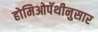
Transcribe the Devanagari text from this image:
होमिओपॅथीनुसार